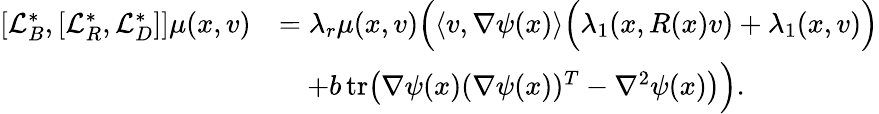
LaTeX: \begin{array}{rl}{[\mathcal{L}_{B}^{*},[\mathcal{L}_{R}^{*},\mathcal{L}_{D}^{*}]]\mu(x,v)}&{=\lambda_{r}\mu(x,v)\Big(\langle v,\nabla\psi(x)\rangle\Big(\lambda_{1}(x,R(x)v)+\lambda_{1}(x,v)\Big)}\\ &{\quad+b\, \textnormal{tr}\big(\nabla\psi(x)(\nabla\psi(x))^{T}-\nabla^{2}\psi(x)\big)\Big).}\end{array}